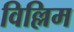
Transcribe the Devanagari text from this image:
विल्लिम